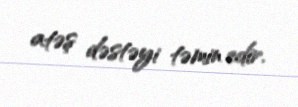
atəş dəstəyi təmin edir.